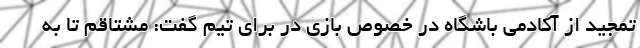
تمجید از آکادمی باشگاه در خصوص بازی در برای تیم گفت: مشتاقم تا به